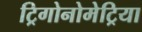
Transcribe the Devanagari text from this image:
ट्रिगोनोमेट्रिया